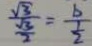
\frac { \sqrt { 3 } } { \frac { \sqrt { 3 } } { 2 } } = \frac { b } { \frac { 1 } { 2 } }